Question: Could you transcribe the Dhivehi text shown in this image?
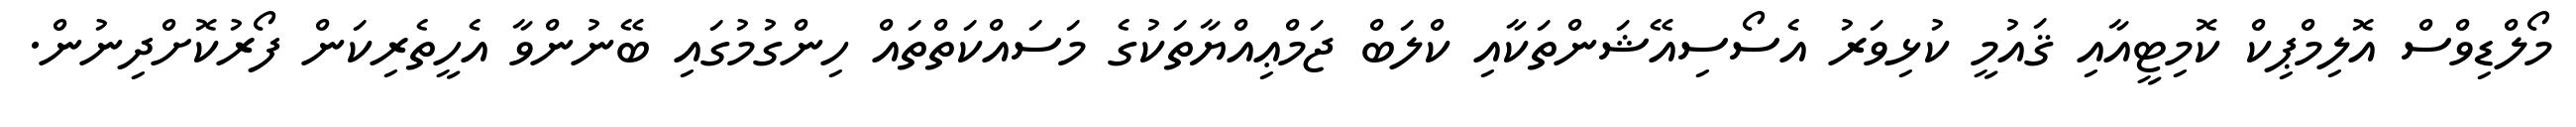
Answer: މޯލްޑިވްސް އޮލިމްޕިކް ކޮމިޓީއާއި ޤައުމީ ކުޅިވަރު އެސޯސިއޭޝަންތަކާއި ކްލަބް ޖަމްޢިއްޔާތަކުގެ މަސައްކަތްތައް ހިންގުމުގައި ބޭނުންވާ އެހީތެރިކަން ފޯރުކޮށްދިނުން.